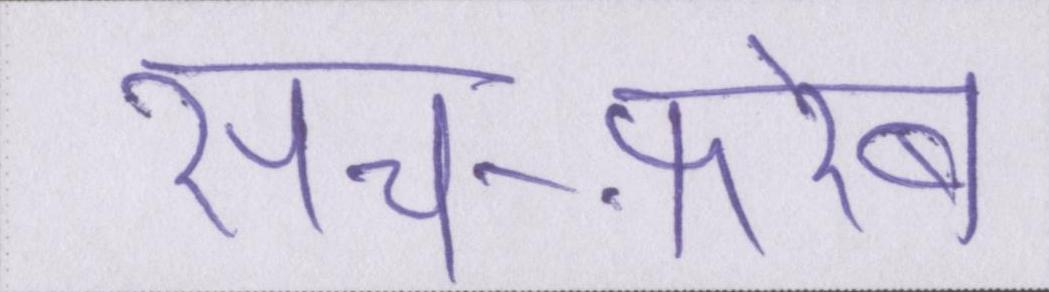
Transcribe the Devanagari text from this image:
सच-फ़रेब